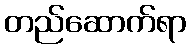
တည်ဆောက်ရာ